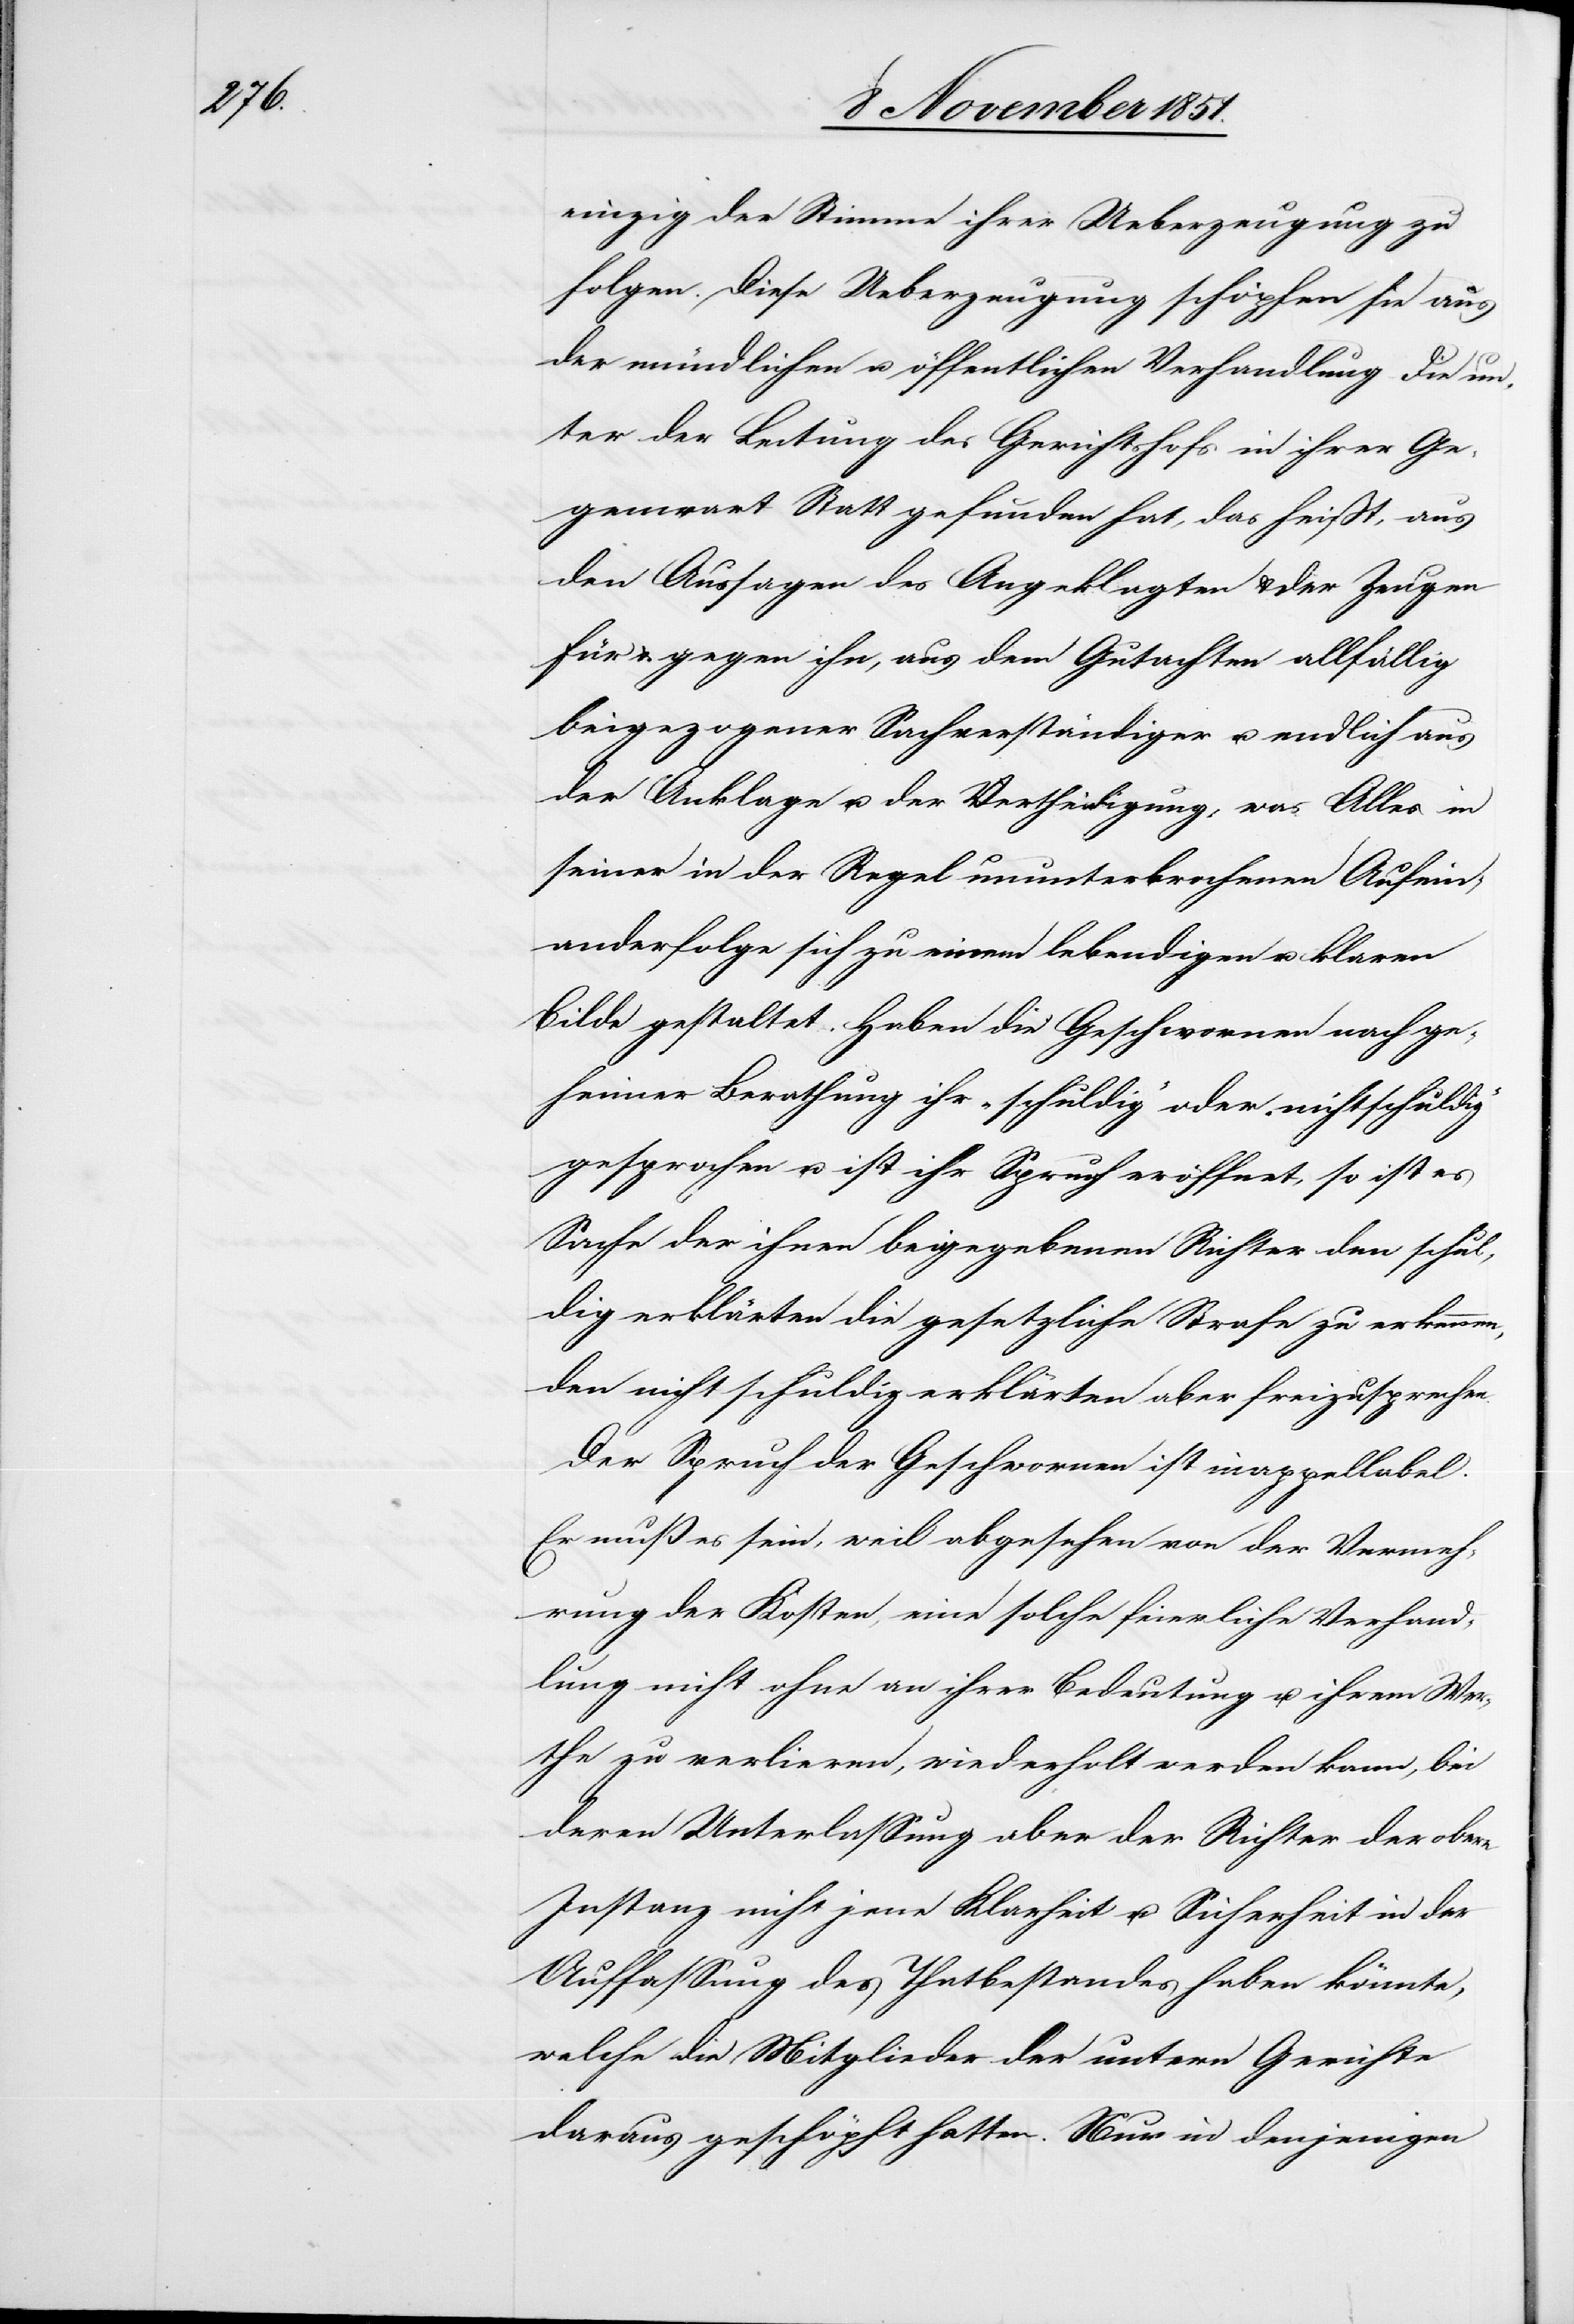
einzig der Stimme ihrer Ueberzeugung zu
folgen. Diese Ueberzeugung schöpfen sie aus
der mündlichen u. öffentlichen Verhandlung die un¬
ter der Leitung des Gerichtshofs in ihrer Ge¬
genwart Statt gefunden hat, das heißt, aus
den Aussagen des Angeklagten & der Zeugen
für & gegen ihn, aus dem Gutachten allfällig
beigezogener Sachverständiger u. endlich aus
der Anklage u. der Vertheidigung, was Alles in
seiner in der Regel ununterbrochenen Aufein¬
anderfolge sich zu einem lebendigen u. klaren
Bilde gestaltet. Haben die Geschwornen nach ge¬
heimer Berathung ihr „schuldig“ oder „nichtschuldig“
gesprochen u. ist ihr Spruch eröffnet, so ist es
Sache der ihnen beigegebenen Richter den schul¬
dig erklärten die gesetzliche Strafe zu erkennen,
den nicht schuldig erklärten aber freizusprechen.
Der Spruch der Geschwornen ist inappellabel.
Er muß es sein, weil abgesehen von der Vermeh¬
rung der Kosten, eine solche feierliche Verhand¬
lung nicht ohne an ihrer Bedeutung u. ihrem Wer¬
the zu verlieren, wiederholt werden kann, bei
deren Unterlassung aber der Richter der obern
Instanz nicht jene Klarheit u. Sicherheit in der
Auffassung des Thatbestandes haben könnte,
welche die Mitglieder der untern Gerichte
daraus geschöpft hatten. Nur in denjenigen